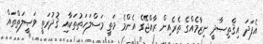
އެފަދަ އިޤްތިޞާދީ ނިޒާމެއްގެ ތެރެއިން ރާއްޖޭގެ އެންމެ މަތީ މަސްލަހަތުތަކާއި ޤުދުރަތީ ވަޞީލަތްތައް